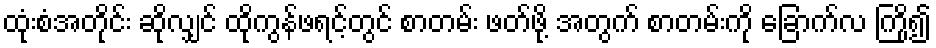
ထုံးစံအတိုင်း ဆိုလျှင် ထိုကွန်ဖရင့်တွင် စာတမ်း ဖတ်ဖို့ အတွက် စာတမ်းကို ခြောက်လ ကြို၍